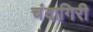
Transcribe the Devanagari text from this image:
चंदागिरी